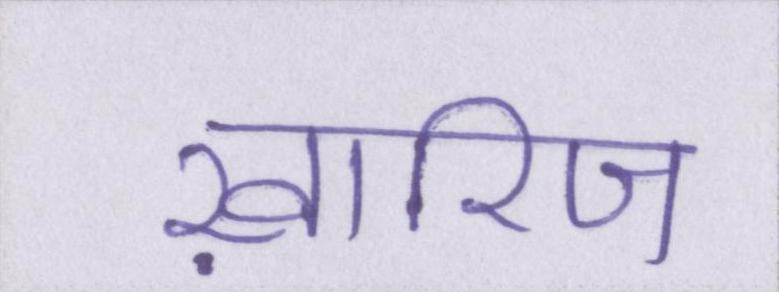
ख़ारिज